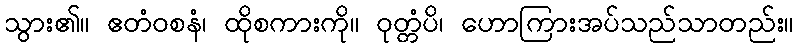
သွား၏။ ဧတံဝစနံ၊ ထိုစကားကို။ ဝုတ္တံပိ၊ ဟောကြားအပ်သည်သာတည်း။